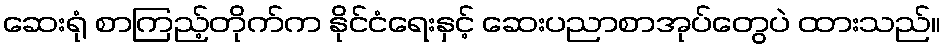
ဆေးရုံ စာကြည့်တိုက်က နိုင်ငံရေးနှင့် ဆေးပညာစာအုပ်တွေပဲ ထားသည်။